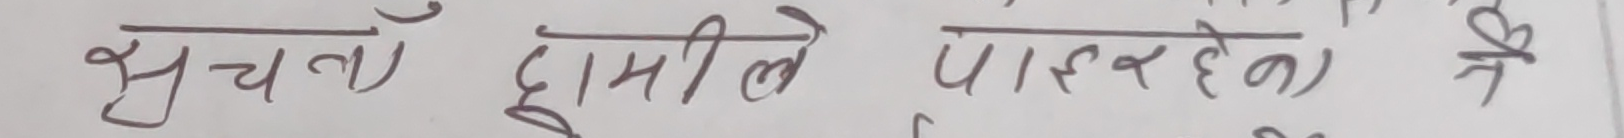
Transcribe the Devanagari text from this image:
सूचना हामीले पाएर हेर्ने नै